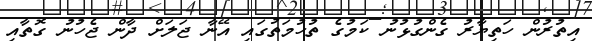
އިތުރުން ހަތިޔާރު ގެންގުޅުނު ކަމުގެ ތުހުމަތުގައި އޭނާ ޖަލަށް ދާން ޖެހުނު ގޮތާއި